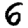
Digit: 6